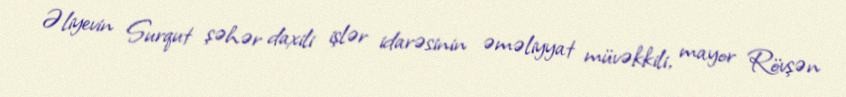
Əliyevin Surqut şəhər daxili işlər idarəsinin əməliyyat müvəkkili, mayor Rövşən